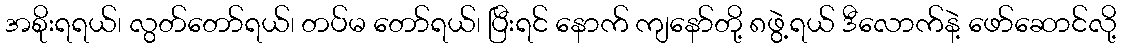
အစိုးရရယ်၊ လွတ်တော်ရယ်၊ တပ်မ တော်ရယ်၊ ပြီးရင် နောက် ကျနော်တို့ ၈ဖွဲ့ရယ် ဒီလောက်နဲ့ ဖော်ဆောင်လို့